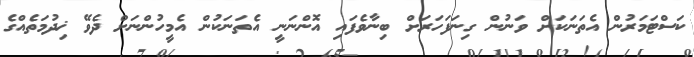
ކަސްޓަމަރުން އެތަނަކަށް ވަނުން ގިނަފަހަރަށް ބިނާވެފައި އޮންނަނީ އެތަނަކުން އެމީހުންނަށް ދެވޭ ޚިދުމަތެއްގެ